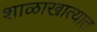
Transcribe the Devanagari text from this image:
शाळाखात्यात